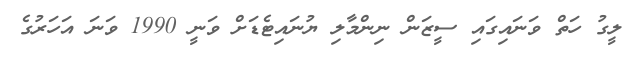
ލީގު ހަތް ވަނައިގައި ސީޒަން ނިންމާލި ޔުނައިޓެޑަށް ވަނީ 1990 ވަނަ އަހަރުގެ